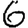
Digit: 6